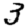
Digit: 3